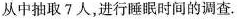
从中抽取7人，进行睡眠时间的调查.